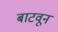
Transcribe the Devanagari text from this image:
बाटवून